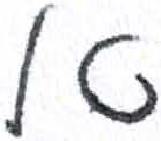
אות: א